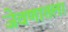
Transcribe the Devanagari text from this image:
जेवणातला